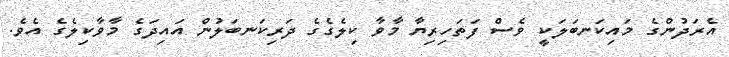
އެރަދުންގެ މައިކަނބަލަކީ ވެސް ފަތަހިރިޔާ މާވާ ކިލެގެގެ ދަރިކަނބަލުން އައިދަގެ މާވާކިލެގެ އެވެ.